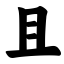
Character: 且